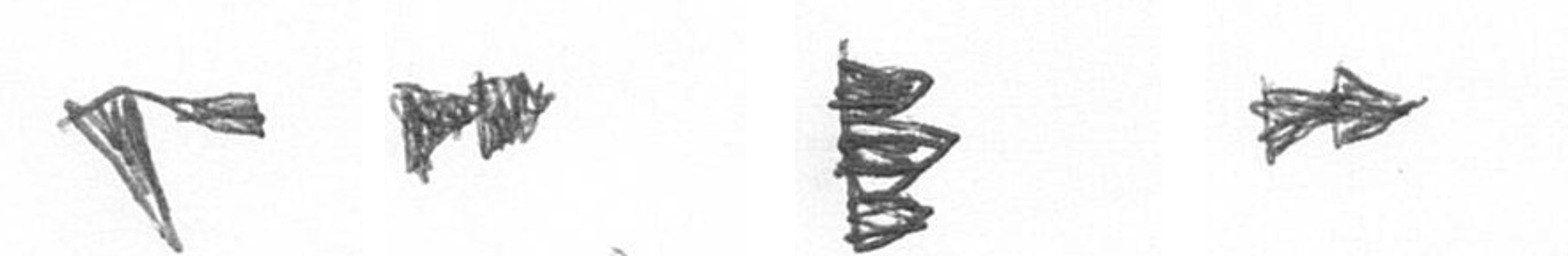
F A H A